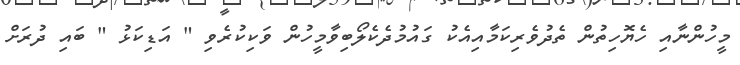
މީހުންނާއި ހެޔޮހިތުން ތެދުވެރިކަމާއިއެކު ގައުމުދެކެލޯބިވާމީހުން ވަކިކުރެވި " އަޑިކަޅު " ބައި ދުރަށް